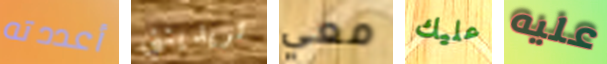
أعددته تريدينني معي عليك عليه